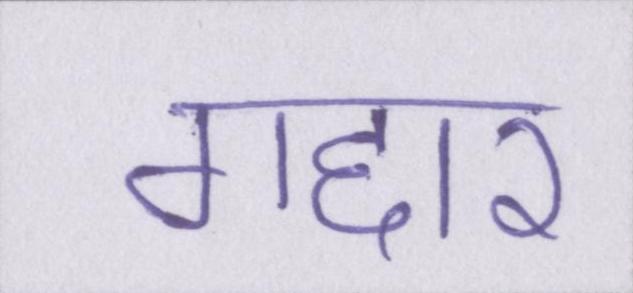
गद्दार